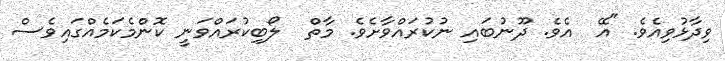
ވިދާޅުވިއެވެ. "އޭ  އެވެ. ދޫނުބައި ނުކުރައްވާށެވެ. މާތް  ލޯބިކުރައްވަނީ ކޮންމެކަމެއްގައިވެސް